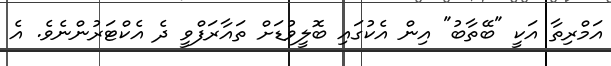
އަމްރިތާ އަކީ "ބޭތާބު" އިން އެކުގައި ބޮލީވުޑަށް ތައާރަފްވީ ދެ އެކްޓަރުންނެވެ. އެ